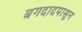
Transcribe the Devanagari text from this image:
बगदादपासून